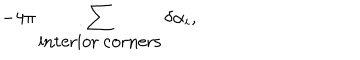
LaTeX: - 4 \pi \sum _ { \mathrm { i n t e r i o r ~ c o r n e r s } } \delta \alpha _ { i } ,